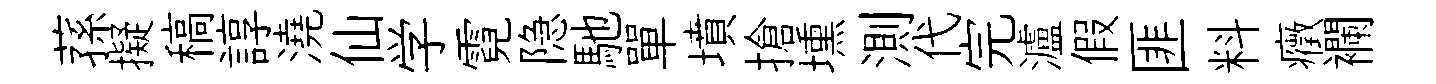
蓀擬稿諄澆仙学霓隐馳單墳搶壎測代完瀘假匪料癥襴